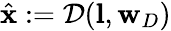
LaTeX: \hat{\mathbf{x}}:=\mathcal{D}(\mathbf{l},\mathbf{w}_{D})